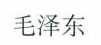
毛泽东